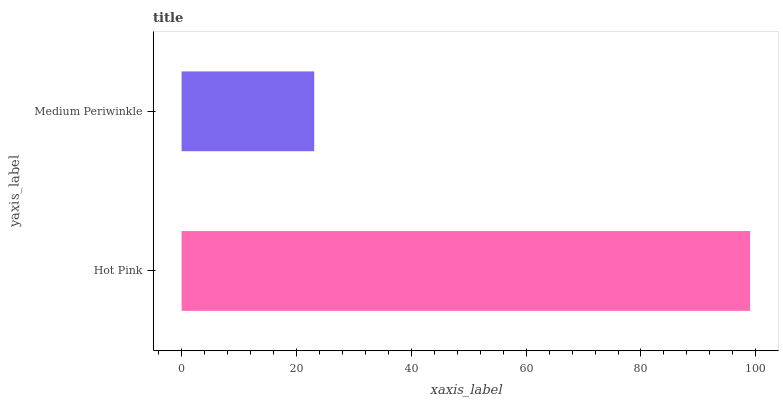
| yaxis_label | bars |
 | --- | --- |
 | Hot Pink | 99 |
 | Medium Periwinkle | 23.1 |